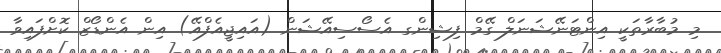
މި މުބާރާތަކީ އިންޓަނޭޝަނަލް ގޭމް ފިޝިންގ އެސޯސިއޭޝަން (އައިޖީއެފްއޭ) އިން އެންޑޯޒް ކޮށްފައިވާ